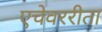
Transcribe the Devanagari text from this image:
एचेवररीता